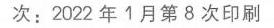
次：2022 年 1 月第 8 次印刷